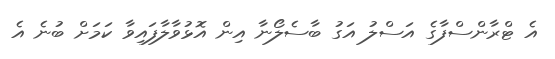
އެ ޓްރާންސްފާގެ އަސްލު އަގު ބާސެލޯނާ އިން އޮޅުވާލާފައިވާ ކަމަށް ބުނެ އެ